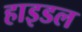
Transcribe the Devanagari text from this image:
हाइडल